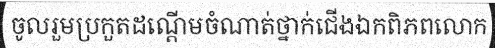
ចូលរួមប្រកួតដណ្តើមចំណាត់ថ្នាក់ជើងឯកពិភពលោក